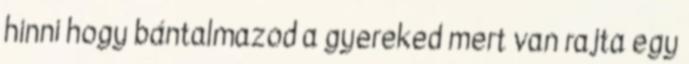
hinni hogy bántalmazod a gyereked mert van rajta egy